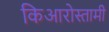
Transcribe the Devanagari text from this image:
किआरोस्तामी